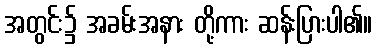
အတွင်း၌ အခမ်းအနား တို့ကား ဆန်းပြားပါ၏။